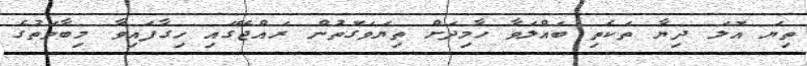
ތިޔަ އޮލަ ދިޔާ ތަކެތި ބައްލަވާ ހާމިދަށް ތިޔަވަގޮތުން ރައްޖޭގައި ހިގާފައިވާ މިބާވަތުގެ